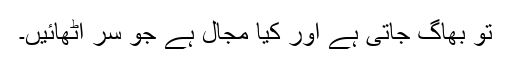
تو بھاگ جاتی ہے اور کیا مجال ہے جو سر اٹھائیں۔